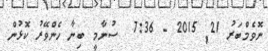
ނޮވެމްބަރު 21